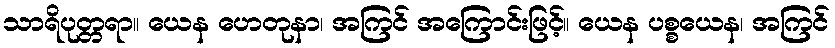
သာရိပုတ္တရာ။ ယေန ဟေတုနာ၊ အကြင် အကြောင်းဖြင့်။ ယေန ပစ္စယေန၊ အကြင်